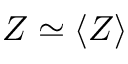
Z \simeq \langle Z \rangle